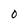
Character: O